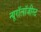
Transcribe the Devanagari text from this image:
न्यूरॉलॉजीस्ट